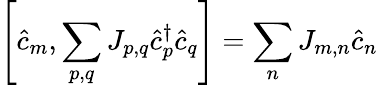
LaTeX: \left[\hat{c}_{m},\sum_{p,q}J_{p,q}\hat{c}_{p}^{\dagger}\hat{c}_{q}\right]=\sum_{n}J_{m,n}\hat{c}_{n}